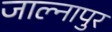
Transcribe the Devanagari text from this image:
जाल्नापुर